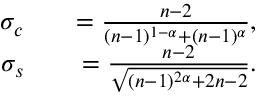
\begin{array} { r l r } { \sigma _ { c } } & { { } } & { = \frac { n - 2 } { ( n - 1 ) ^ { 1 - \alpha } + ( n - 1 ) ^ { \alpha } } , } \\ { \sigma _ { s } } & { { } } & { = \frac { n - 2 } { \sqrt { ( n - 1 ) ^ { 2 \alpha } + 2 n - 2 } } . } \end{array}